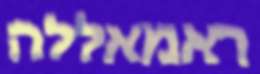
ראמאללה